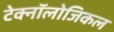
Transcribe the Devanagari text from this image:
टेक्नॉलोजिकल